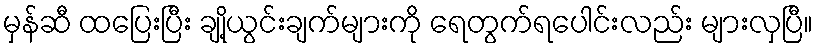
မှန်ဆီ ထပြေးပြီး ချို့ယွင်းချက်များကို ရေတွက်ရပေါင်းလည်း များလှပြီ။